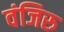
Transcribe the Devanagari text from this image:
वंजिरु